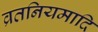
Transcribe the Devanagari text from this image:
व्रतनियमादि